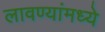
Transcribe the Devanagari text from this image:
लावण्यांमध्ये